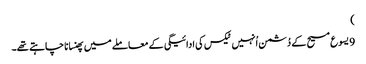
‏)‏
9 یسوع مسیح کے دُشمن اُنہیں ٹیکس کی ادائیگی کے معاملے میں پھنسانا چاہتے تھے۔